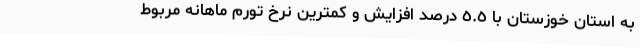
به استان خوزستان با ٥.٥ درصد افزایش و کمترین نرخ تورم ماهانه مربوط